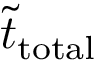
\tilde { t } _ { \mathrm { t o t a l } }